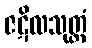
ဇဋိလသုတ္တံ